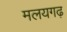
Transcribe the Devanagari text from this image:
मलयगढ़